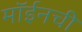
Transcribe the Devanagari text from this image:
मॉईनची